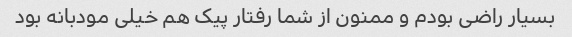
بسیار راضی بودم و ممنون از شما رفتار پیک هم خیلی مودبانه بود